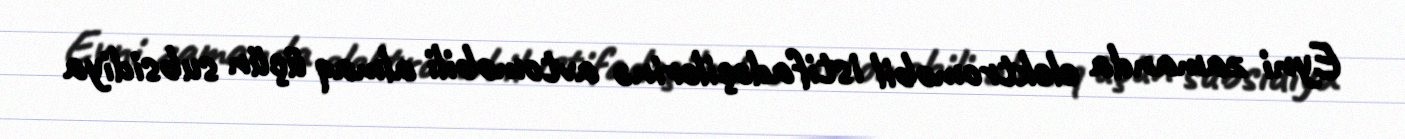
Eyni zamanda elektromobil istifadəçilərinə avtomobili almaq üçün subsidiya